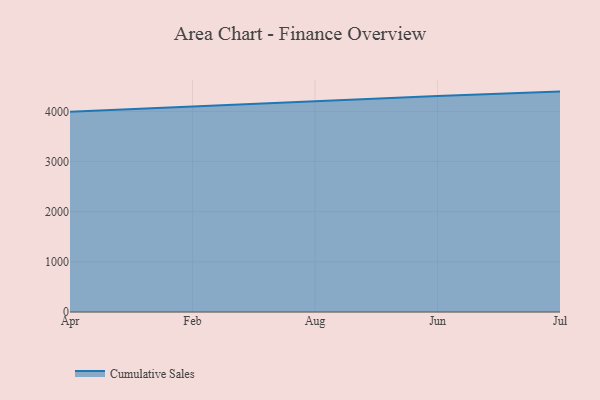
{"axis": {"x": "Month", "y": "Website Visitors"}, "legend": ["Cumulative Sales"], "data": [{"x": "Apr", "y": 3996.0, "type": "Cumulative Sales"}, {"x": "Feb", "y": 4100.7, "type": "Cumulative Sales"}, {"x": "Aug", "y": 4193.4, "type": "Cumulative Sales"}, {"x": "Jun", "y": 4308.2, "type": "Cumulative Sales"}, {"x": "Jul", "y": 4395.9, "type": "Cumulative Sales"}]}